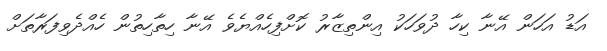
އަޑު އަހަން އޭނާ ކިހާ ދުވަހަކު އިންތިޒާރު ކޮށްފިހެއްޔެވެ އޭނާ ހިތާހިތުން ހެއްދެވިފަރާތަށް